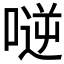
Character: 𠸺